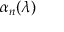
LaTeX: \alpha _ { n } ( \lambda )